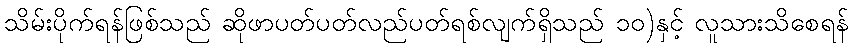
သိမ်းပိုက်ရန်ဖြစ်သည် ဆိုဖာပတ်ပတ်လည်ပတ်ရစ်လျက်ရှိသည် ၁၀)နှင့် လူသားသိစေရန်